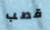
قصب